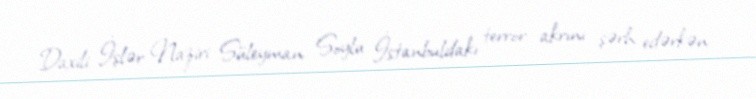
Daxili İşlər Naziri Süleyman Soylu İstanbuldakı terror akrını şərh edərkən